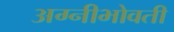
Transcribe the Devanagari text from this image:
अग्नीभोवती